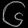
Digit: ၆